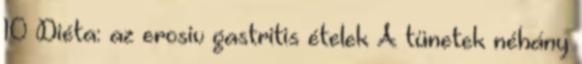
10 Diéta: az erosiv gastritis ételek A tünetek néhány